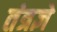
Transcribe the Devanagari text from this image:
तंत्रज्ञे